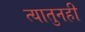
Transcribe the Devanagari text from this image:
त्यातुनही